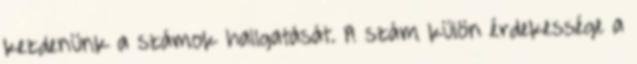
kezdenünk a számok hallgatását. A szám külön érdekessége a